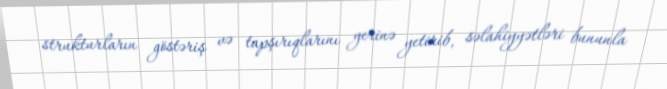
strukturların göstəriş və tapşırıqlarını yerinə yetirib, səlahiyyətləri bununla